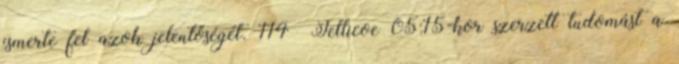
ismerte fel azok jelentőségét. 114 Jellicoe 05:15-kor szerzett tudomást a